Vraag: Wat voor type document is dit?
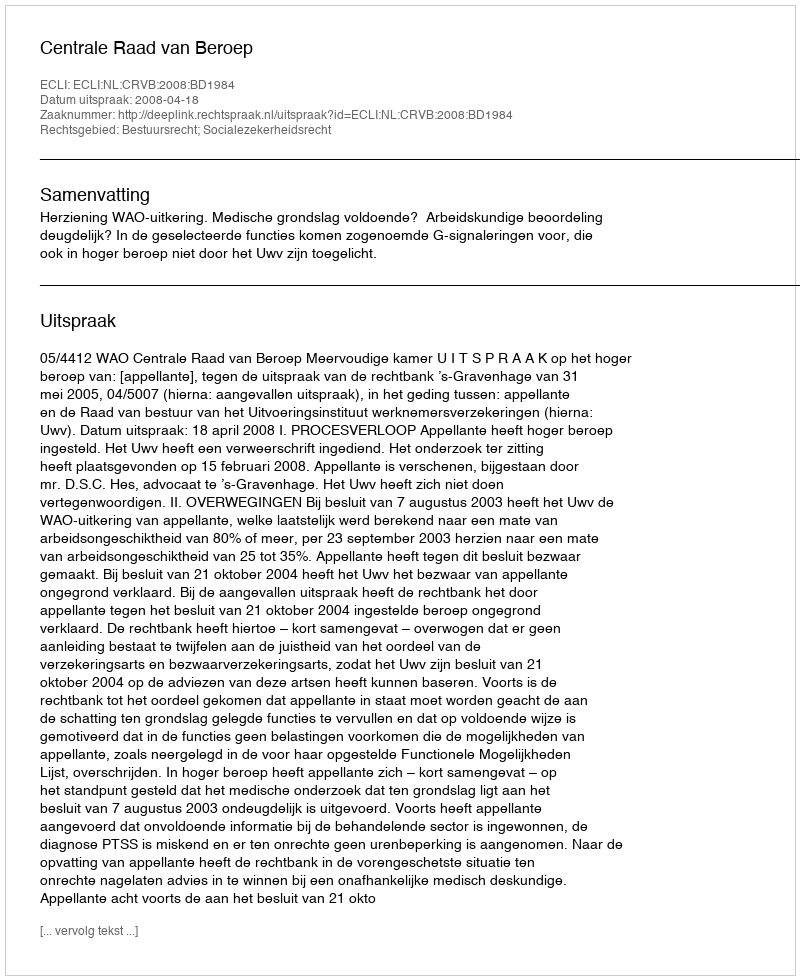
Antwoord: Uitspraak